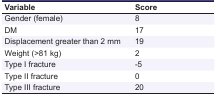
| Variable | Score |
 | --- | --- |
 | Gender (female) | 8 |
 | DM | 17 |
 | Displacement greater than 2 mm | 19 |
 | Weight (>81 kg) | 2 |
 | Type I fracture | -5 |
 | Type II fracture | 0 |
 | Type III fracture | 20 |